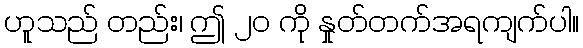
ဟူသည် တည်း၊ ဤ ၂၀ ကို နှုတ်တက်အရကျက်ပါ။